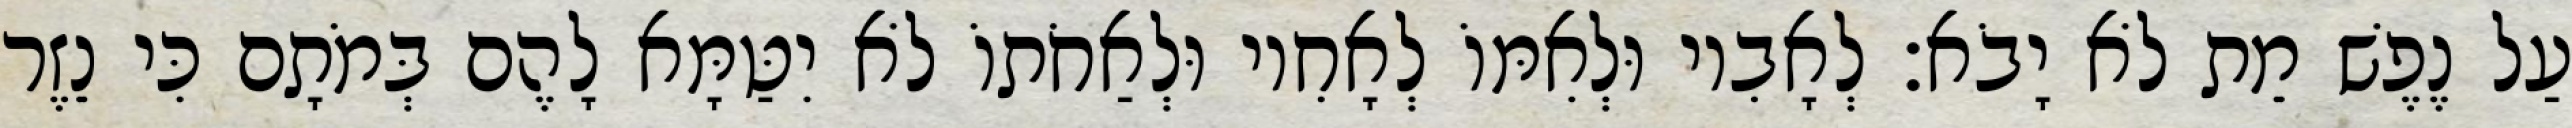
עַל נֶפֶשׁ מֵת לֹא יָבֹא׃ לְאָבִיו וּלְאִמּוֹ לְאָחִיו וּלְאַחֹתוֹ לֹא יִטַּמָּא לָהֶם בְּמֹתָם כִּי נֵזֶר